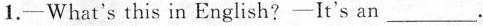
1.—What's this in English? —It's an ___.